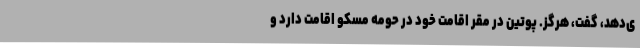
ی‌دهد، گفت، هرگز. پوتین در مقر اقامت خود در حومه مسکو اقامت دارد و